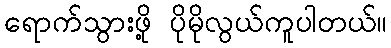
ရောက်သွားဖို့ ပိုမိုလွယ်ကူပါတယ်။